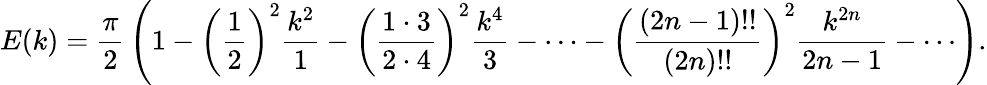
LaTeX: E(k)={\frac{\pi}{2}}\left(1-\left({\frac{1}{2}}\right)^{2}{\frac{k^{2}}{1}}-\left({\frac{1\cdot 3}{2\cdot 4}}\right)^{2}{\frac{k^{4}}{3}}-\cdots-\left({\frac{(2n-1)!!}{(2n)!!}}\right)^{2}{\frac{k^{2n}}{2n-1}}-\cdots\right).